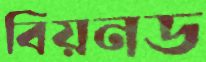
বিয়নড